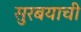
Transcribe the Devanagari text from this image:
सुरबयाची